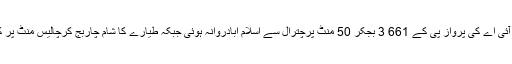
دوسال قبل سات دسمبر بروزبدھ پی آئی اے کی پرواز پی کے 661 3 بجکر 50 منٹ پرچترال سے اسلام آبادروانہ ہوئی جبکہ طیارے کا شام چاربج کرچالیس منٹ پر کنٹرول ٹاورسے رابطہ منقطع ہوگیا۔